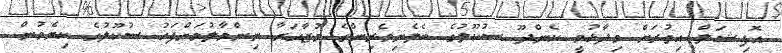
އޮފިޝަލް އިތުރަށް ވިދާޅުވީ ކެންދޫ ސުކޫލުގެ ބެލެނިވެރިންގެ މުޒާހަރާ ނިންމާލުމަށްފަހު ސުކޫލުގެ ކިޔެވުން